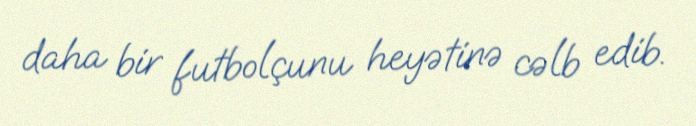
daha bir futbolçunu heyətinə cəlb edib.